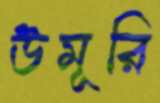
উমূরি